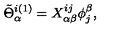
\tilde { \Theta } _ { \alpha } ^ { i ( 1 ) } = X _ { \alpha \beta } ^ { i j } \phi _ { j } ^ { \beta } ,